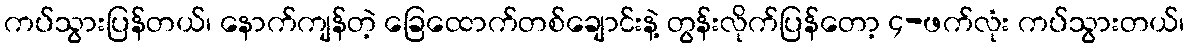
ကပ်သွားပြန်တယ်၊ နောက်ကျန်တဲ့ ခြေထောက်တစ်ချောင်းနဲ့ တွန်းလိုက်ပြန်တော့ ၄-ဖက်လုံး ကပ်သွားတယ်၊